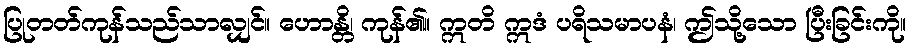
ပြုတတ်ကုန်သည်သာလျှင်။ ဟောန္တိ၊ ကုန်၏။ ဣတိ ဣဒံ ပရိသမာပနံ၊ ဤသို့သော ပြီးခြင်းကို။